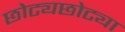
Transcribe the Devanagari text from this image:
छोट्यछोट्या